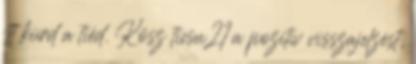
itt kiírd a tiéd. Kösz ticsu21 a pozitív visszajelzést,